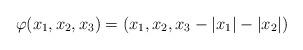
LaTeX: \begin{align*}\varphi(x_1,x_2,x_3)=(x_1,x_2,x_3-|x_1|-|x_2|)\end{align*}